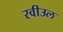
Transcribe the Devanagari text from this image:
रवीउल